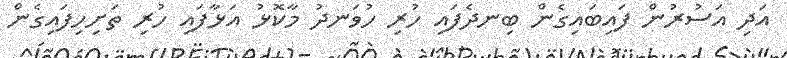
އަދި އަސުރުން ފައިބައިގެން ބިނދެފައި ހުރި ހުވަނދު މާކޮޅު އަޅާފައި ހުރި ތަށިހިފައިގެން